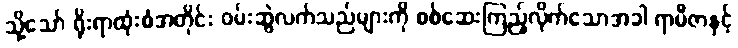
သို့သော် ရိုးရာထုံးစံအတိုင်း ဝမ်းဆွဲလက်သည်များကို စစ်ဆေးကြည့်လိုက်သောအခါ ရာမီဇာနှင့်